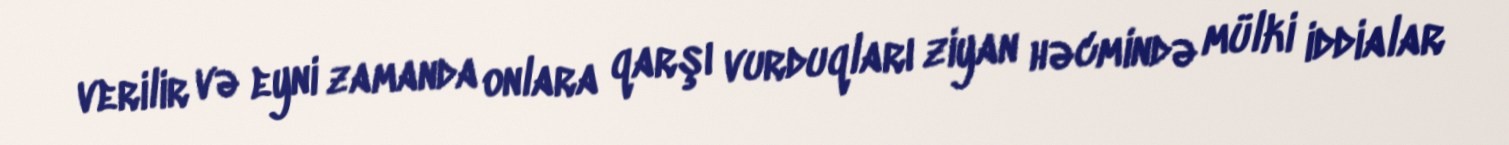
verilir və eyni zamanda onlara qarşı vurduqları ziyan həcmində mülki iddialar